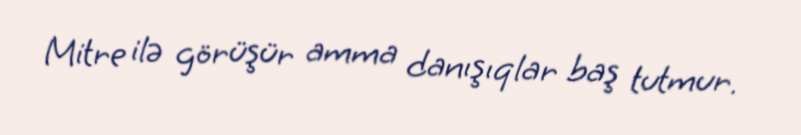
Mitre ilə görüşür amma danışıqlar baş tutmur.